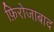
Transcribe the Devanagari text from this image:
फ़िरोजाबाद